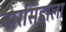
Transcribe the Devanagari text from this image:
नारसिंहाला